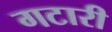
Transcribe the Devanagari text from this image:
गटारी